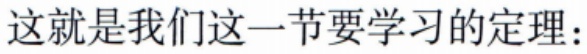
这就是我们这一节要学习的定理：